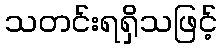
သတင်းရရှိသဖြင့်